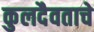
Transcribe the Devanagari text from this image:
कुलदैवताचे